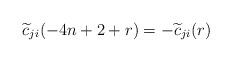
LaTeX: \begin{align*}\widetilde{c}_{ji}(-4n+2+r)=-\widetilde{c}_{ji}(r)\end{align*}